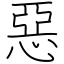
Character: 惡